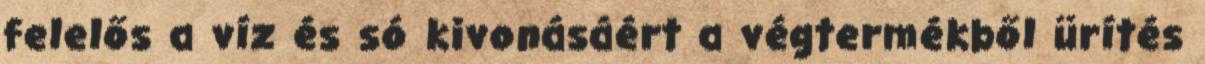
felelős a víz és só kivonásáért a végtermékből ürítés